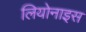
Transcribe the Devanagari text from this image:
लियोनाइस